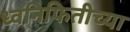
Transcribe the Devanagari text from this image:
ध्वनिफितीच्या